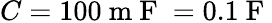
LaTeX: C=100\mathrm{~m~F~}=0.1\mathrm{~F~}